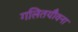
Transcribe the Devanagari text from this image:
गलितयौवना